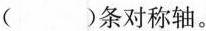
()条对称轴。